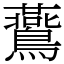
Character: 鷰